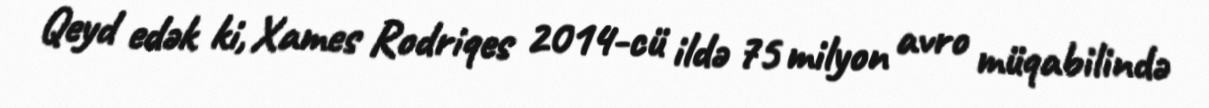
Qeyd edək ki, Xames Rodriqes 2014-cü ildə 75 milyon avro müqabilində